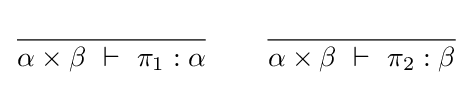
{\frac {}{\alpha \times \beta ~\vdash ~\pi _{1}:\alpha }}\qquad {\frac {}{\alpha \times \beta ~\vdash ~\pi _{2}:\beta }}